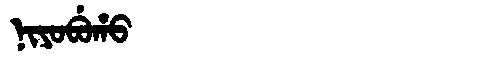
Manchu: ᠨᡳᠶᠣᠪᡠᡥᠣ
Romanization: NIYOBUHO